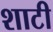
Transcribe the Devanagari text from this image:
शाटी